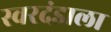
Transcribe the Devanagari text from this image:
स्वरदंडाला